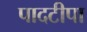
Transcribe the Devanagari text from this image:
पादटीपा